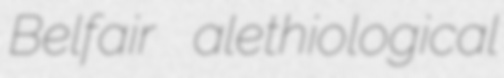
Belfair alethiological